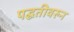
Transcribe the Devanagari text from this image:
पद्घतीवरुन